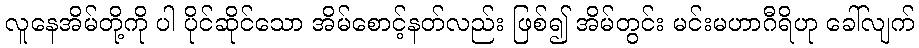
လူနေအိမ်တို့ကို ပါ ပိုင်ဆိုင်သော အိမ်စောင့်နတ်လည်း ဖြစ်၍ အိမ်တွင်း မင်းမဟာဂီရိဟု ခေါ်လျက်